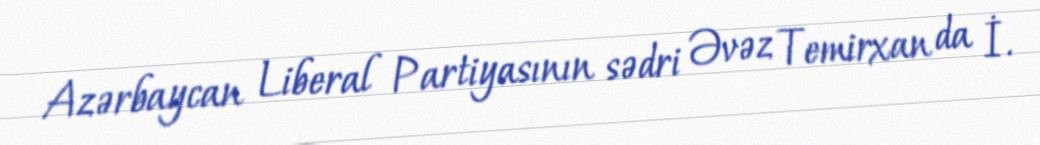
Azərbaycan Liberal Partiyasının sədri Əvəz Temirxan da İ.